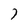
Character: 7